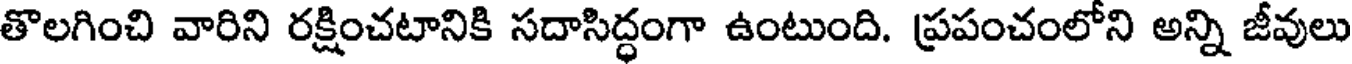
తొలగించి వారిని రక్షించటానికి సదాసిద్ధంగా ఉంటుంది. ప్రపంచంలోని అన్ని జీవులు